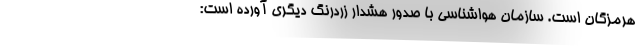
هرمزگان است. سازمان هواشناسی با صدور هشدار زردرنگ دیگری آورده است: